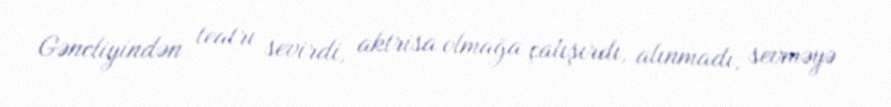
Gəncliyindən teatrı sevirdi, aktrisa olmağa çalışırdı, alınmadı, sevməyə